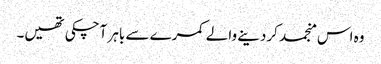
وہ اس منجمد کردینے والے کمرے سے باہر آچکی تھیں۔